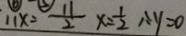
1 1 x = \frac { 1 1 } { 2 } x = \frac { 1 } { 2 } \therefore y = 0